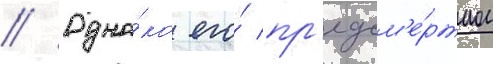
// Одна́ко его́ пр'едсм'е́ртное